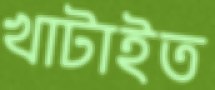
খাটাইত